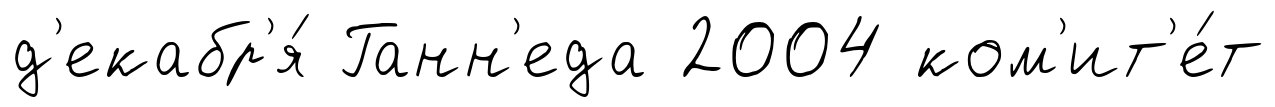
д'екабр'я́ Ганн'еда 2004 ком'ит'е́т